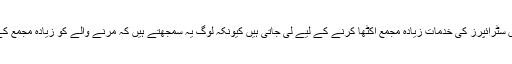
ایک تھیوری کے مطابق جنازہ کی تقریب میں سٹرائپرز کی خدمات زیادہ مجمع اکٹھا کرنے کے لیے لی جاتی ہیں کیونکہ لوگ یہ سمجھتے ہیں کہ مرنے والے کو زیادہ مجمع کے ساتھ رخصت کرنا اس کے لیے اعزاز ہے۔